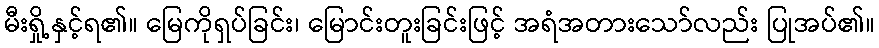
မီးရှို့နှင့်ရ၏။ မြေကိုရှပ်ခြင်း၊ မြောင်းတူးခြင်းဖြင့် အရံအတားသော်လည်း ပြုအပ်၏။